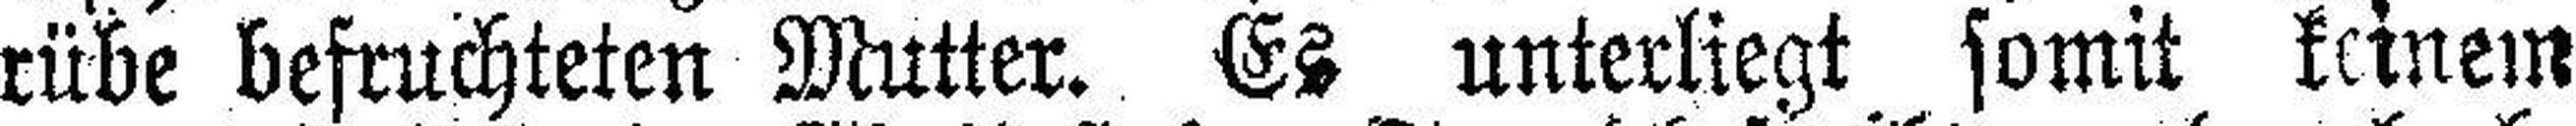
rübe befruchteten Mutter. Es unterliegt somit keinem